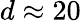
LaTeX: d\approx 20